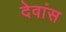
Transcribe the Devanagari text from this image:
देवांस